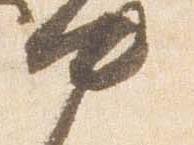
中